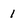
Character: 1